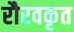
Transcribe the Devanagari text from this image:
रौरवकृत